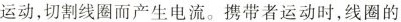
运动，切割线圈而产生电流。携带者运动时，线圈的